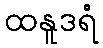
ထနူဒရံ